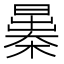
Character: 𣊻